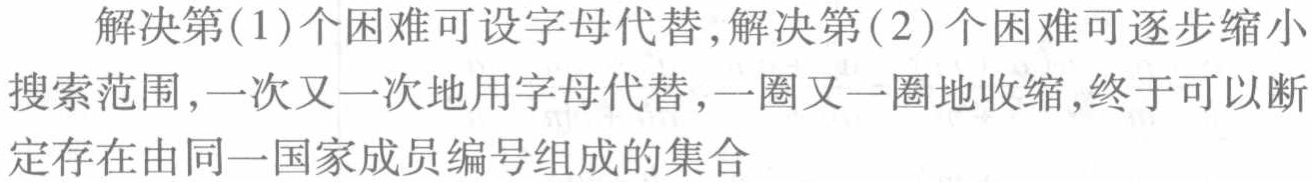
解决第(1)个困难可设字母代替,解决第(2)个困难可逐步缩小搜索范围,一次又一次地用字母代替,一圈又一圈地收缩,终于可以断定存在由同一国家成员编号组成的集合